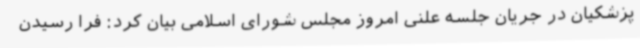
پزشکیان در جریان جلسه علنی امروز مجلس شورای اسلامی بیان کرد: فرا رسیدن